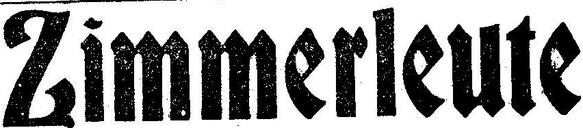
Zimmerleute